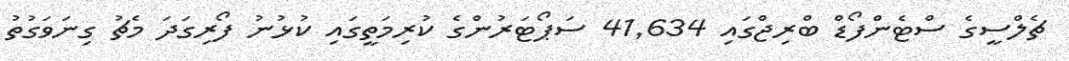
ޗެލްސީގެ ސްޓެންފޯޑް ބްރިޖްގައި 41